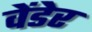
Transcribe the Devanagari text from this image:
वेंडेर